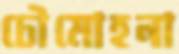
চৌমোহনা